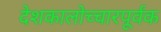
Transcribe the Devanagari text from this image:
देशकालोच्चारपूर्वक